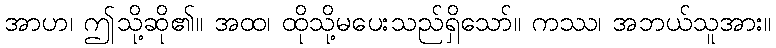
အာဟ၊ ဤသို့ဆို၏။ အထ၊ ထိုသို့မပေးသည်ရှိသော်။ ကဿ၊ အဘယ်သူအား။